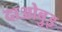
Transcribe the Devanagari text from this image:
दाओबुइ